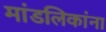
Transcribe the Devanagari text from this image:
मांडलिकांना